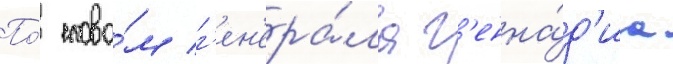
По́ слова́м г'ен'ера́ла г'енна́д'иа